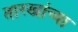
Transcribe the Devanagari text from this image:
तारखांच्या